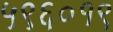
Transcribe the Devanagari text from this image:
५९६०१९